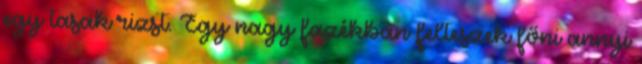
egy tasak rizst. Egy nagy fazékban felteszek főni annyi